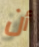
أن